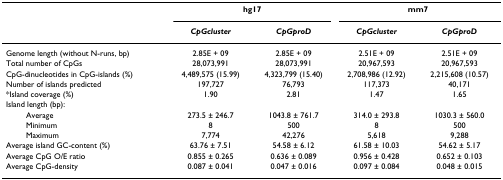
<table><thead><tr><td></td><td colspan="2"><b>hg17</b></td><td colspan="2"><b>mm7</b></td></tr><tr><td></td><td><b><i>CpGcluster</i></b></td><td><b><i>CpGproD</i></b></td><td><b><i>CpGcluster</i></b></td><td><b><i>CpGproD</i></b></td></tr></thead><tbody><tr><td>Genome length (without N-runs, bp)</td><td>2.85E + 09</td><td>2.85E + 09</td><td>2.51E + 09</td><td>2.51E + 09</td></tr><tr><td>Total number of CpGs</td><td>28,073,991</td><td>28,073,991</td><td>20,967,593</td><td>20,967,593</td></tr><tr><td>CpG-dinucleotides in CpG-islands (%)</td><td>4,489,575 (15.99)</td><td>4,323,799 (15.40)</td><td>2,708,986 (12.92)</td><td>2,215,608 (10.57)</td></tr><tr><td>Number of islands predicted</td><td>197,727</td><td>76,793</td><td>117,373</td><td>40,171</td></tr><tr><td>*Island coverage (%)</td><td>1.90</td><td>2.81</td><td>1.47</td><td>1.65</td></tr><tr><td>Island length (bp):</td><td></td><td></td><td></td><td></td></tr><tr><td>Average</td><td>273.5 ± 246.7</td><td>1043.8 ± 761.7</td><td>314.0 ± 293.8</td><td>1030.3 ± 560.0</td></tr><tr><td>Minimum</td><td>8</td><td>500</td><td>8</td><td>500</td></tr><tr><td>Maximum</td><td>7,774</td><td>42,276</td><td>5,618</td><td>9,288</td></tr><tr><td>Average island GC-content (%)</td><td>63.76 ± 7.51</td><td>54.58 ± 6.12</td><td>61.58 ± 10.03</td><td>54.62 ± 5.17</td></tr><tr><td>Average CpG O/E ratio</td><td>0.855 ± 0.265</td><td>0.636 ± 0.089</td><td>0.956 ± 0.428</td><td>0.652 ± 0.103</td></tr><tr><td>Average CpG-density</td><td>0.087 ± 0.041</td><td>0.047 ± 0.016</td><td>0.097 ± 0.084</td><td>0.048 ± 0.015</td></tr></tbody></table>